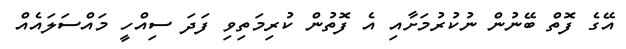
އޭގެ ފޮތް ބޭނުން ނުކުރުމަށާއި އެ ފޮތުން ކުރިމަތިވި ފަދަ ސިއްހީ މައްސަލައެއް